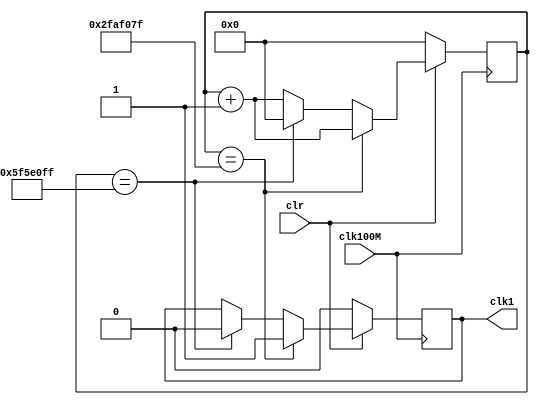
module freqdiv(clk100M,clr,clk1);

  input       clr;
  input       clk100M;
  output      clk1;

  reg         clk1;
  reg  [26:0] count;

  parameter all  = 99999999,
            half = 49999999;
  
  always@(posedge clk100M)begin
    if(!clr)begin
      count<=0;
      clk1=1'b0;
    end
    else if(count==half)begin
      count<=count+1'b1;
      clk1<=1'b1;
    end
    else if(count==all)begin
      count<=0;
      clk1<=1'b0;
    end
    else
      count<=count+1'b1;
  end
endmodule